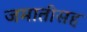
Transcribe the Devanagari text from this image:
जमातीसह